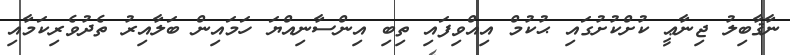
ނާޤާބިލު ޖިނާޢީ ކުށްކުށުގައި ޙުކުމް އިއްވިފައި ތިބި އިންސާނިއްޔަ ހަމައިން ބަލާއިރު ތެދުވެރިކަމާއި